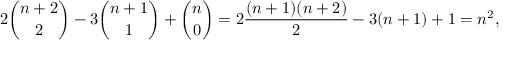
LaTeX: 2 { \binom { n + 2 } { 2 } } - 3 { \binom { n + 1 } { 1 } } + { \binom { n } { 0 } } = 2 { \frac { ( n + 1 ) ( n + 2 ) } { 2 } } - 3 ( n + 1 ) + 1 = n ^ { 2 } ,